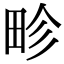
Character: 畛